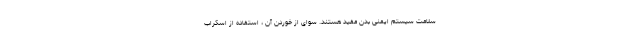
سلامت سیستم ایمنی بدن مفید هستند. سوای از خوردن آن ، استفاده از اسکراب